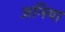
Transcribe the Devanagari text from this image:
अनिया